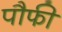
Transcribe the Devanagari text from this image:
पौफी